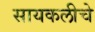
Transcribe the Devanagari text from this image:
सायकलीचे